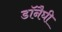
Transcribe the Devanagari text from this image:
डॉनैघी